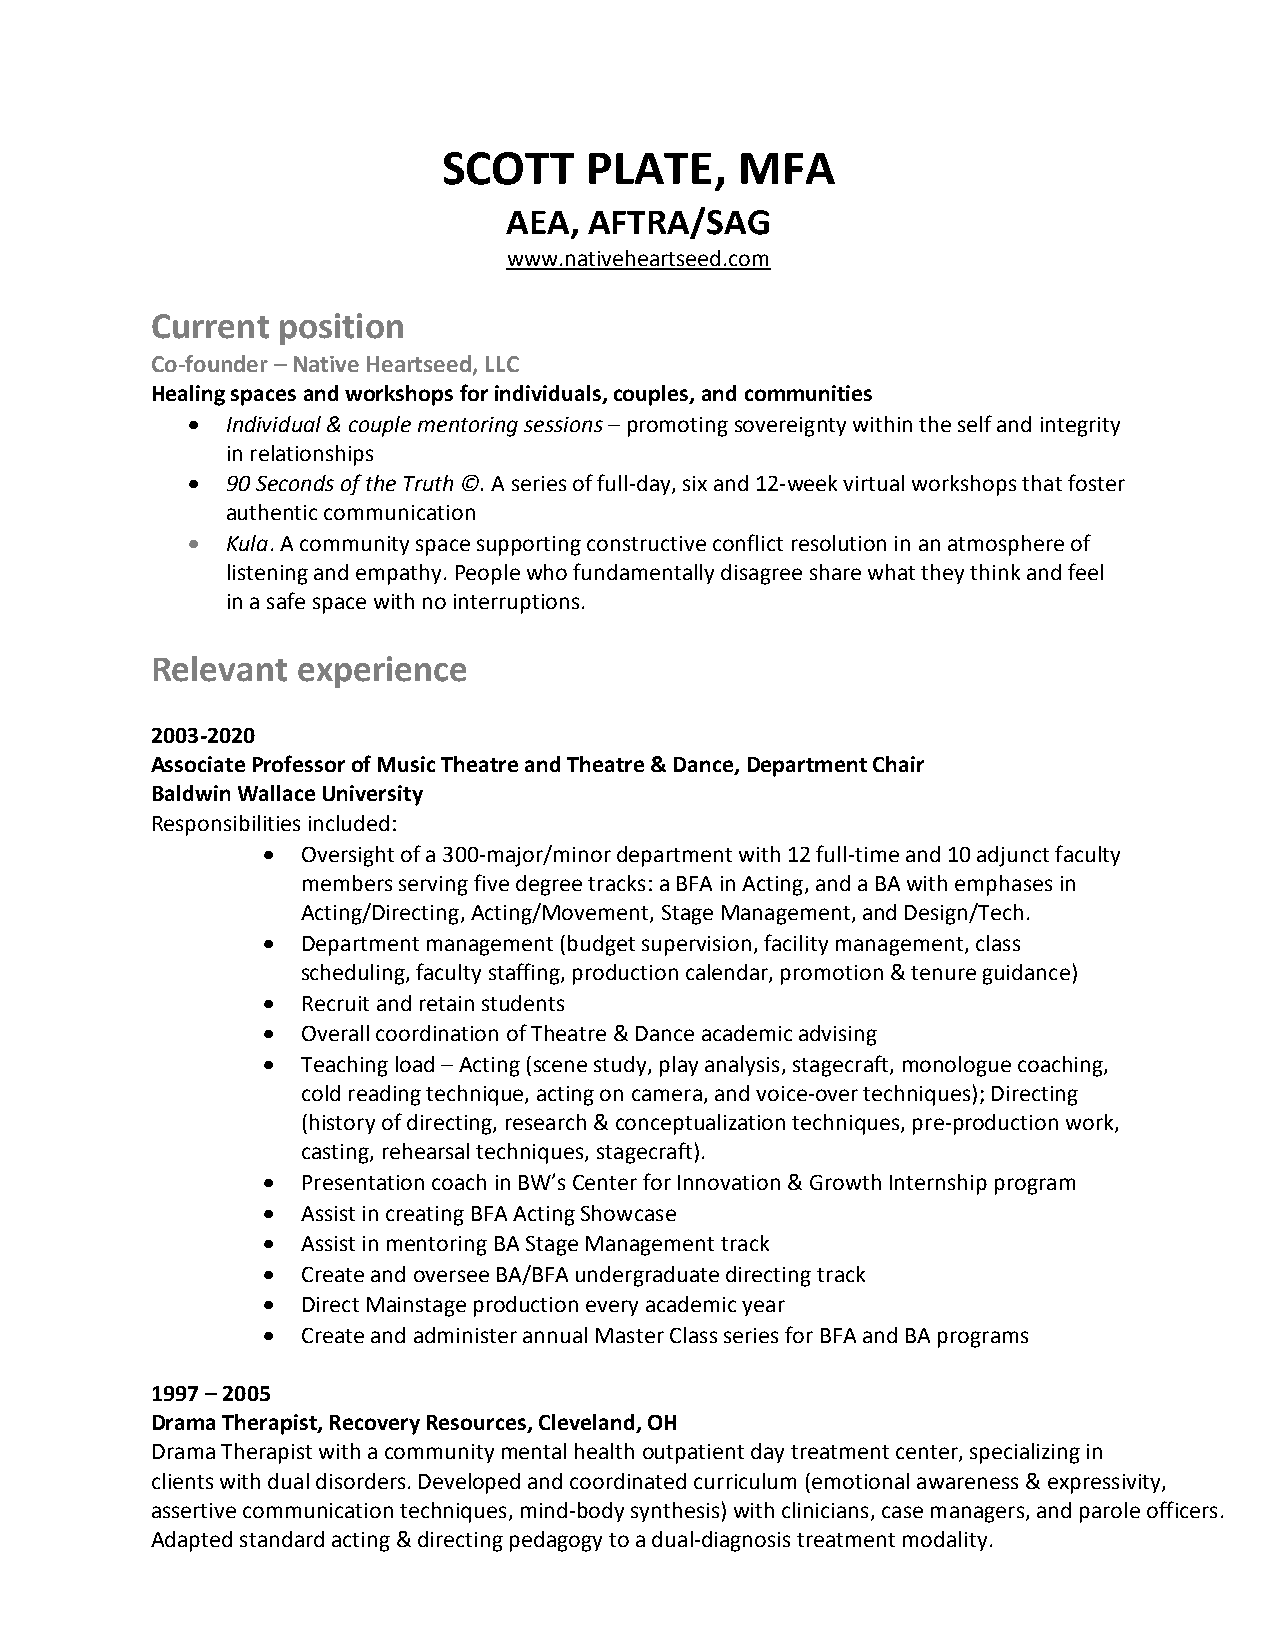
SCOTT     PLATE,    MFA
 AEA, AFTRA/SAG
 www.nativeheartseed.com
 Current position
 Co-founder – Native Heartseed, LLC
 Healing spaces and workshops for individuals, couples, and communities
 •  Individual & couple mentoring sessions – promoting sovereignty within the self and integrity
 in relationships
 •  90 Seconds of the Truth ©. A series of full-day, six and 12-week virtual workshops that foster
 authentic communication
 •  Kula. A community space supporting constructive conflict resolution in an atmosphere of
 listening and empathy. People who fundamentally disagree share what they think and feel
 in a safe space with no interruptions.
 Relevant  experience
 2003-2020
 Associate Professor of Music Theatre and Theatre & Dance, Department Chair
 Baldwin Wallace University
 Responsibilities included:
 •  Oversight of a 300-major/minor department with 12 full-time and 10 adjunct faculty
 members serving five degree tracks: a BFA in Acting, and a BA with emphases in
 Acting/Directing, Acting/Movement, Stage Management, and Design/Tech.
 •  Department management (budget supervision, facility management, class
 scheduling, faculty staffing, production calendar, promotion & tenure guidance)
 •  Recruit and retain students
 •  Overall coordination of Theatre & Dance academic advising
 •  Teaching load – Acting (scene study, play analysis, stagecraft, monologue coaching,
 cold reading technique, acting on camera, and voice-over techniques); Directing
 (history of directing, research & conceptualization techniques, pre-production work,
 casting, rehearsal techniques, stagecraft).
 •  Presentation coach in BW’s Center for Innovation & Growth Internship program
 •  Assist in creating BFA Acting Showcase
 •  Assist in mentoring BA Stage Management track
 •  Create and oversee BA/BFA undergraduate directing track
 •  Direct Mainstage production every academic year
 •  Create and administer annual Master Class series for BFA and BA programs
 1997 – 2005
 Drama Therapist, Recovery Resources, Cleveland, OH
 Drama Therapist with a community mental health outpatient day treatment center, specializing in
 clients with dual disorders. Developed and coordinated curriculum (emotional awareness & expressivity,
 assertive communication techniques, mind-body synthesis) with clinicians, case managers, and parole officers.
 Adapted standard acting & directing pedagogy to a dual-diagnosis treatment modality.